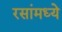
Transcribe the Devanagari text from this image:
रसांमध्ये